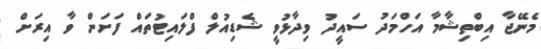
މެނޭޖާ އިބްތިޝާމާ އަހްމަދު ސައީދު ވިދާޅުވީ ޝެޑިއުލް ފްލައިޓުތައް ފަށަން ވާ އިރަށް